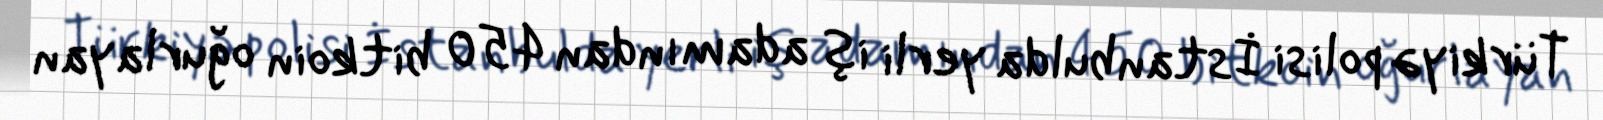
Türkiyə polisi İstanbulda yerli iş adamından 450 bitkoin oğurlayan